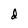
Character: d